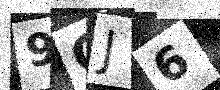
Text: 9QJ6